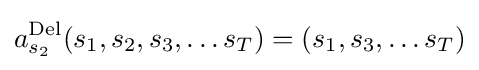
a_{s_{2}}^{\rm {Del}}(s_{1},s_{2},s_{3},\ldots s_{T})=(s_{1},s_{3},\ldots s_{T})